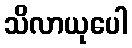
သိလာယုပေါ